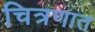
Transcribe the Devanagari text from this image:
चित्रणात